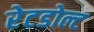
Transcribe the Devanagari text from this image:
रेटडोल्ट